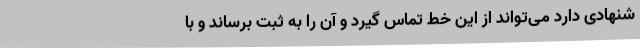
شنهادی دارد می‌تواند از این خط تماس گیرد و آن را به ثبت برساند و با